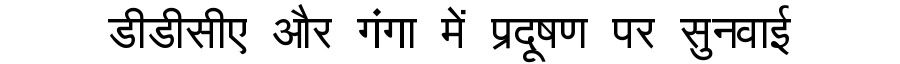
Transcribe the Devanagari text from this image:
डीडीसीए और गंगा में प्रदूषण पर सुनवाई